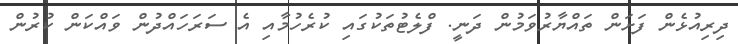
ދިރިއުޅެން ފަށަން ތައްޔާރުވަމުން ދަނީ. ފްލެޓުތަކުގައި ކުރެހުމާއި އެ ސަރަހައްދުން ވައްކަން ކުރުން